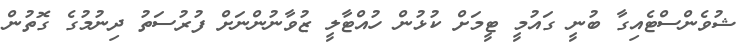
ޝުވެންސްޓެއިގާ ބުނީ ގައުމީ ޓީމަށް ކުޅުން ހުއްޓާލީ ޒުވާނުންނަށް ފުރުސަތު ދިނުމުގެ ގޮތުން